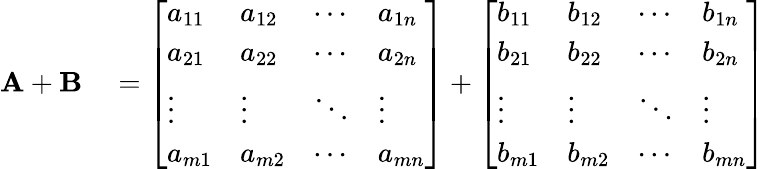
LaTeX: \begin{array}{rl}{\mathbf{A}+\mathbf{B}}&{{}={\left[\begin{array}{llll}{a_{11}}&{a_{12}}&{\cdots}&{a_{1n}}\\ {a_{21}}&{a_{22}}&{\cdots}&{a_{2n}}\\ {\vdots}&{\vdots}&{\ddots}&{\vdots}\\ {a_{m1}}&{a_{m2}}&{\cdots}&{a_{mn}}\end{array}\right]}+{\left[\begin{array}{llll}{b_{11}}&{b_{12}}&{\cdots}&{b_{1n}}\\ {b_{21}}&{b_{22}}&{\cdots}&{b_{2n}}\\ {\vdots}&{\vdots}&{\ddots}&{\vdots}\\ {b_{m1}}&{b_{m2}}&{\cdots}&{b_{mn}}\end{array}\right]}}\end{array}